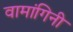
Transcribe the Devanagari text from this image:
वामांगिनी